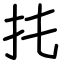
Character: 扥